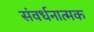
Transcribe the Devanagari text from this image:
संवर्धनात्‍मक